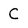
Character: C